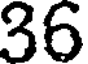
36